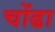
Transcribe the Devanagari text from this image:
चोंढा